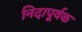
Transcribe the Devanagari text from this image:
निदापूर्वक